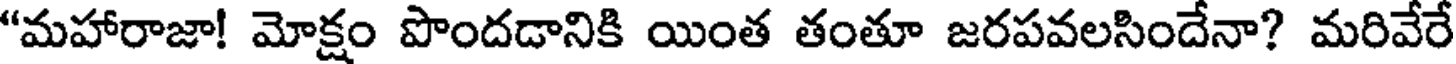
"మహారాజా! మోక్షం పొందడానికి యింత తంతూ జరపవలసిందేనా? మరివేరే